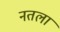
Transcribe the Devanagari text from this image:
नतलां